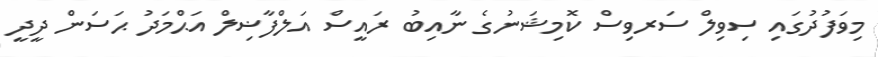
މިވަފުދުގައި ސިވިލް ސަރވިސް ކޮމިޝަނުގެ ނާއިބު ރައީސް އަލްފާޟިލް އަޙްމަދު ޙަސަން ދީދީ